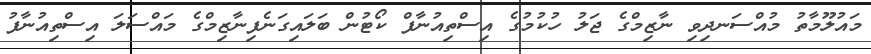
މައުލޫމާތު މުއްސަނދިވި ނާޒިމްގެ ޖަލު ހުކުމުގެ އިސްތިއުނާފް ކޯޓުން ބަލައިގަނެފިނާޒިމްގެ މައްސަލަ އިސްތިއުނާފު